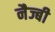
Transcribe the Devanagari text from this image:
नैज्बी